Report of an investigation into the causes of the diseases known in Assam as Kála-Azár and Beri-Beri
Disease focus: Beri-Beri
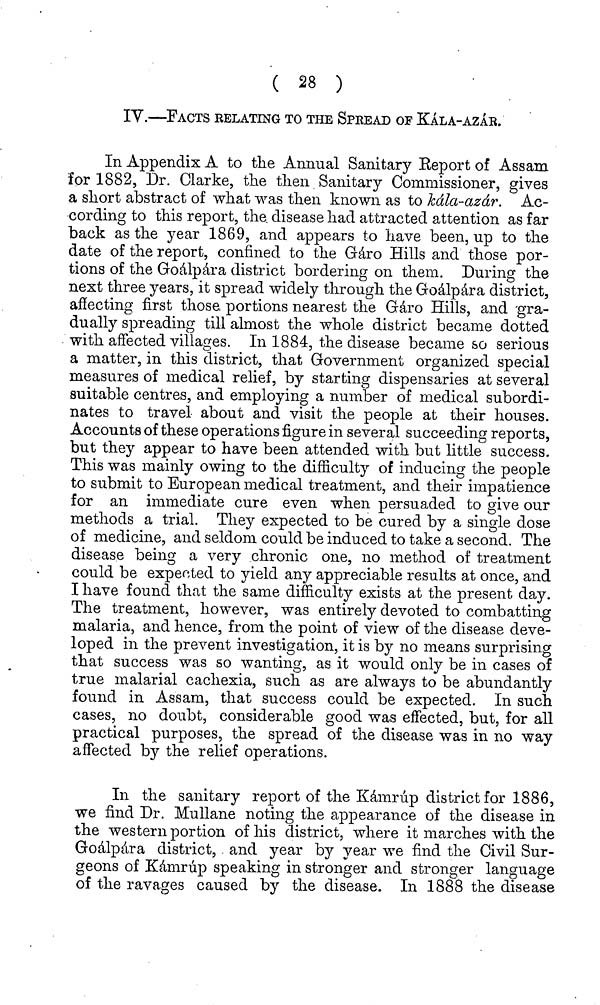
( 28 )
IV.
FACTS EELATING TO THE SPEEAD OF KÁLA-AZÁR.
In Appendix A to the Annual Sanitary Eeport of Assam
for 1882, Dr. Clarke, the then Sanitary Commissioner, gives
a short abstract of what was then known as to kála-azár. Ac-
cording to this report, the. disease had attracted attention as far
back as the year 1869, and appears to have been, up to the
date of the report, confined to the Gáro Hills and those por-
tions of the Goálpára district bordering on them. During the
next three years, it spread widely through the Goálpára district,
affecting first those, portions nearest the Gáro Hills, and gra-
dually spreading till almost the whole district became dotted
with affected villages. In 1884, the disease became so serious
a matter, in this district, that Government organized special
measures of medical relief, by starting dispensaries at several
suitable centres, and employing a number of medical subordi-
nates to travel about and visit the people at their houses.
Accounts of these operations figure in several succeeding reports,
but they appear to have been attended with but little success.
This was mainly owing to the difficulty of inducing the people
to submit to European medical treatment, and their impatience
for an immediate cure even when persuaded to give our
methods a trial. They expected to be cured by a single dose
of medicine, and seldom could be induced to take a second. The
disease being a very chronic one, no method of treatment
could be expected to yield any appreciable results at once, and
I have found that the same difficulty exists at the present day.
The treatment, however, was entirely devoted to combatting
malaria, and hence, from the point of view of the disease deve-
loped in the prevent investigation, it is by no means surprising
that success was so wanting, as it would only be in cases of
true malarial cachexia, such as are always to be abundantly
found in Assam, that success could be expected. In such
cases, no doubt, considerable good was effected, but, for all
practical purposes, the spread of the disease was in no way
affected by the relief operations.
In the sanitary report of the Kámrúp district for 1886,
we find Dr. Mullane noting the appearance of the disease in
the western portion of his district, where it marches with the
Goálpára district, and year by year we find the Civil Sur-
geons of Kámrúp speaking in stronger and stronger language
of the ravages caused by the disease. In 1888 the disease